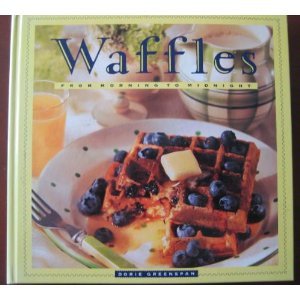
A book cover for Waffles: From Morning to Midnight; Dorie Greenspan; Cookbooks, Food & Wine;